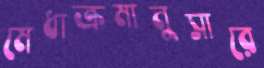
মেধাক্রমানুসারে